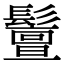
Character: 𩯤